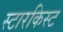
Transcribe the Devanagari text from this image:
स्टारकिस्ट